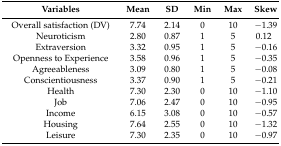
<table><thead><tr><td><b>Variables</b></td><td><b>Mean</b></td><td><b>SD</b></td><td><b>Min</b></td><td><b>Max</b></td><td><b>Skew</b></td></tr></thead><tbody><tr><td>Overall satisfaction (DV)</td><td>7.74</td><td>2.14</td><td>0</td><td>10</td><td>−1.39</td></tr><tr><td>Neuroticism</td><td>2.80</td><td>0.87</td><td>1</td><td>5</td><td>0.12</td></tr><tr><td>Extraversion</td><td>3.32</td><td>0.95</td><td>1</td><td>5</td><td>−0.16</td></tr><tr><td>Openness to Experience</td><td>3.58</td><td>0.96</td><td>1</td><td>5</td><td>−0.35</td></tr><tr><td>Agreeableness</td><td>3.09</td><td>0.80</td><td>1</td><td>5</td><td>−0.08</td></tr><tr><td>Conscientiousness</td><td>3.37</td><td>0.90</td><td>1</td><td>5</td><td>−0.21</td></tr><tr><td>Health</td><td>7.30</td><td>2.30</td><td>0</td><td>10</td><td>−1.10</td></tr><tr><td>Job</td><td>7.06</td><td>2.47</td><td>0</td><td>10</td><td>−0.95</td></tr><tr><td>Income</td><td>6.15</td><td>3.08</td><td>0</td><td>10</td><td>−0.57</td></tr><tr><td>Housing</td><td>7.64</td><td>2.55</td><td>0</td><td>10</td><td>−1.32</td></tr><tr><td>Leisure</td><td>7.30</td><td>2.35</td><td>0</td><td>10</td><td>−0.97</td></tr></tbody></table>